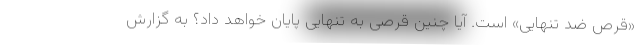
«قرص ضد تنهایی» است. آیا چنین قرصی به تنهایی پایان خواهد داد؟ به گزارش